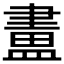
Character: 𥂛